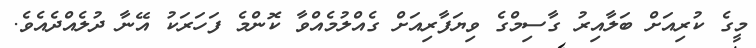
މީގެ ކުރިއަށް ބަލާއިރު ގާސިމްގެ ވިޔަފާރިއަށް ގެއްލުމެއްވާ ކޮންމެ ފަހަރަކު އޭނާ ދުލެއްދެއެވެ.